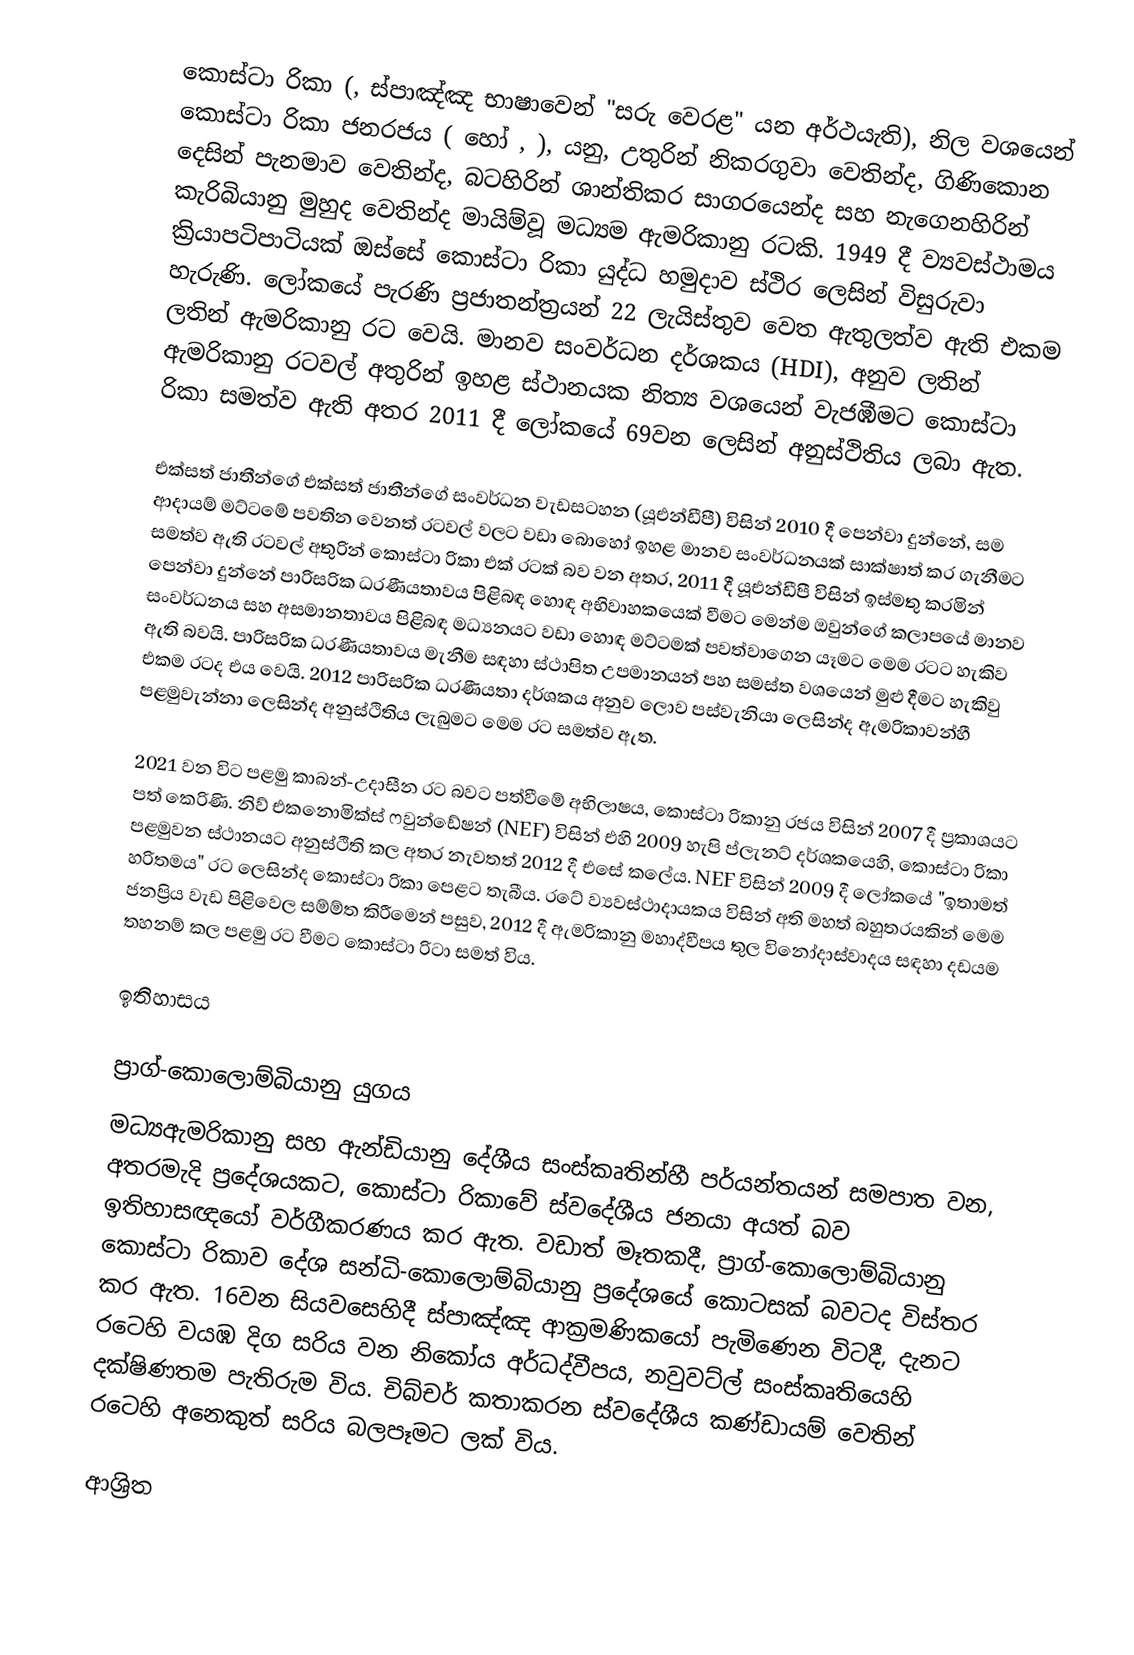
කොස්ටා රිකා (, ස්පාඤ්ඤ භාෂාවෙන්  "සරු වෙරළ" යන අර්ථයැති), නිල වශයෙන් කොස්ටා රිකා ජනරජය ( හෝ , ), යනු,  උතුරින් නිකරගුවා වෙතින්ද, ගිණිකොන දෙසින්  පැනමාව වෙතින්ද, බටහිරින් ශාන්තිකර සාගරයෙන්ද සහ නැගෙනහිරින්  කැරිබියානු මුහුද වෙතින්ද මායිම්වූ මධ්‍යම ඇමරිකානු රටකි. 1949 දී ව්‍යවස්ථාමය ක්‍රියාපටිපාටියක්   ඔස්සේ කොස්ටා රිකා යුද්ධ හමුදාව ස්ථිර ලෙසින් විසුරුවා හැරුණි.    ලෝකයේ පැරණි ප්‍රජාතන්ත්‍රයන් 22 ලැයිස්තුව වෙත ඇතුලත්ව ඇති එකම ලතින් ඇමරිකානු රට වෙයි.  මානව සංවර්ධන දර්ශකය (HDI), අනුව ලතින් ඇමරිකානු රටවල් අතුරින් ඉහළ ස්ථානයක නිත්‍ය වශයෙන් වැජඹීමට කොස්ටා රිකා සමත්ව ඇති අතර 2011 දී ලෝකයේ 69වන ලෙසින් අනුස්ථිතිය ලබා ඇත.

එක්සත් ජාතීන්ගේ එක්සත් ජාතීන්ගේ සංවර්ධන වැඩසටහන (යූඑන්ඩීපී) විසින්  2010 දී පෙන්වා දුන්නේ, සම ආදායම් මට්ටමේ පවතින වෙනත් රටවල් වලට වඩා බොහෝ ඉහළ මානව සංවර්ධනයක් සාක්ෂාත් කර ගැනීමට සමත්ව ඇති රටවල් අතුරින් කොස්ටා රිකා එක් රටක්  බව වන අතර, 2011 දී යූඑන්ඩීපී විසින් ඉස්මතු කරමින් පෙන්වා දුන්නේ  පාරිසරික  ධරණීයතාවය පිළිබඳ හොඳ අභිවාහකයෙක් වීමට මෙන්ම ඔවුන්ගේ කලාපයේ මානව සංවර්ධනය සහ අසමානතාවය පිළිබඳ මධ්‍යනයට වඩා හොඳ මට්ටමක් පවත්වාගෙන යෑමට මෙම රටට හැකිව ඇති බවයි. පාරිසරික  ධරණීයතාවය මැනීම සඳහා ස්ථාපිත උපමානයන් පහ සමස්ත වශයෙන් මුළු දීමට හැකිවු එකම රටද එය වෙයි.  2012 පාරිසරික ධරණීයතා  දර්ශකය අනුව ලොව පස්වැනියා ලෙසින්ද ඇමරිකාවන්හී පළමුවැන්නා ලෙසින්ද අනුස්ථිතිය ලැබුමට මෙම රට සමත්ව ඇත.

2021 වන විට පළමු කාබන්-උදාසීන රට බවට පත්වීමේ අභිලාෂය, කොස්ටා රිකානු රජය විසින් 2007 දී ප්‍රකාශයට පත් කෙරිණි.    නිව් එකනොමික්ස් ෆවුන්ඩේෂන් (NEF) විසින් එහි 2009 හැපි ප්ලැනට් දර්ශකයෙහි, කොස්ටා රිකා පළමුවන ස්ථානයට අනුස්ථිති කල අතර නැවතත් 2012 දී එසේ කලේය.   NEF විසින් 2009 දී ලෝකයේ "ඉතාමත් හරිතමය" රට ලෙසින්ද  කොස්ටා රිකා පෙළට තැබීය.  රටේ ව්‍යවස්ථාදායකය  විසින් අති මහත් බහුතරයකින් මෙම ජනප්‍රිය වැඩ පිළිවෙල  සම්ම්ත කිරීමෙන් පසුව, 2012 දී ඇමරිකානු මහාද්වීපය තුල  විනෝදාස්වාදය සඳහා දඩයම තහනම් කල පළමු රට වීමට කොස්ටා රිටා සමත් විය.

ඉතිහාසය

ප්‍රාග්-කොලොම්බියානු යුගය
මධ්‍යඇමරිකානු සහ  ඇන්ඩියානු දේශීය සංස්කෘතින්හී පර්යන්තයන් සමපාත වන,  අතරමැදි ප්‍රදේශයකට,   කොස්ටා රිකාවේ ස්වදේශීය ජනයා අයත් බව ඉතිහාසඥයෝ වර්ගීකරණය කර ඇත. වඩාත් මෑතකදී,  ප්‍රාග්-කොලොම්බියානු කොස්ටා රිකාව  දේශ සන්ධි-කොලොම්බියානු ප්‍රදේශයේ කොටසක් බවටද විස්තර කර ඇත. 16වන සියවසෙහිදී  ස්පාඤ්ඤ ආක්‍රමණිකයෝ පැමිණෙන විටදී,  දැනට රටෙහි වයඹ දිග සරිය වන නිකෝය අර්ධද්වීපය, නවුවට්ල් සංස්කෘතියෙහි දක්ෂිණතම  පැතිරුම විය. චිබ්චර් කතාකරන ස්වදේශීය කණ්ඩායම් වෙතින් රටෙහි අනෙකුත් සරිය බලපෑමට ලක් විය.

ආශ්‍රිත